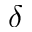
\delta